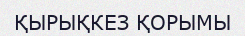
ҚЫРЫҚКЕЗ ҚОРЫМЫ